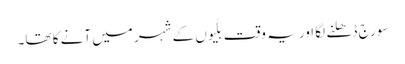
سورج ڈھلنے لگا اور یہ وقت بلّیوں کے شہر میں آنے کا تھا۔